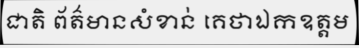
ជាតិ ព័ត៌មានសំខាន់ គេថាឯកឧត្តម